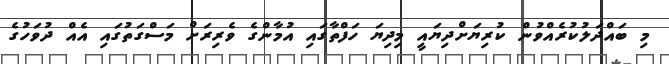
މި ބައްދަލުކުރެއްވުން ކުރިޔަށްދިޔައީ މިދިޔަ ހަފްތާގައި އުމާންގެ ވެރިރަށް މަސްގަތުގައި އެއް ދުވަހުގެ